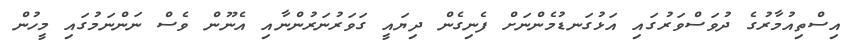
އިސްތިއުމާރުގެ ދުވަސްވަރުގައި އަޅުގަނޑުމެންނަށް ފެނިގެން ދިޔައީ ގަވަރުނަރުންނާއި އެނޫން ވެސް ނަންނަމުގައި މީހުން